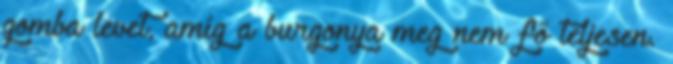
gomba levet, amíg a burgonya meg nem fő teljesen.